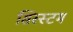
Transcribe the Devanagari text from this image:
सिस्स्टम